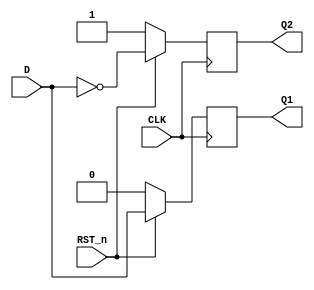
`timescale 1ns / 1ps
//////////////////////////////////////////////////////////////////////////////////
// Company: 
// Engineer: 
// 
// Design Name: 
// Module Name: Synchronous_D_FF
// Project Name: 
// Target Devices: 
// Tool Versions: 
// Description: 
// 
// Dependencies: 
// 
// Revision:
// Revision 0.01 - File Created
// Additional Comments:
// 
//////////////////////////////////////////////////////////////////////////////////


module Synchronous_D_FF(
    input CLK, //
    input D, //D
    input RST_n, //
    output reg Q1, //Q
    output reg Q2 //?
    );
    always @(posedge CLK)
    begin
        if(RST_n==0)
        begin
            Q1<=0;
            Q2<=1;
        end
        else
        begin
            Q1<=D;
            Q2<=~D;
        end
    end
endmodule